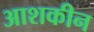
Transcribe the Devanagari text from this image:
आशकीन